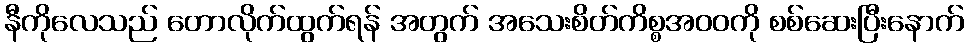
နီကိုလေသည် တောလိုက်ထွက်ရန် အတွက် အသေးစိတ်ကိစ္စအဝဝကို စစ်ဆေးပြီးနောက်